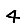
Digit: 4